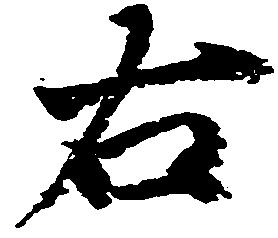
右